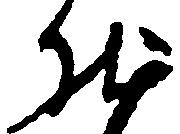
然